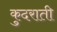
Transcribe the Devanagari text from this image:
कुदराती